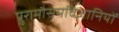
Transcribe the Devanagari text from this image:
पुरामौसमविज्ञानियों